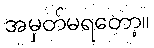
အမှတ်မရတော့။